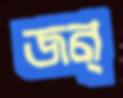
জন্